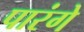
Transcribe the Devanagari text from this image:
पारंगे